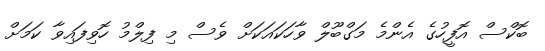
ބޮކްސް އޮފީހުގެ އެންމެ މަގްބޫލް ވާހަކައަކަށް ވެސް މި ފިލްމު ހޮވިފައިވާ ކަމަށް